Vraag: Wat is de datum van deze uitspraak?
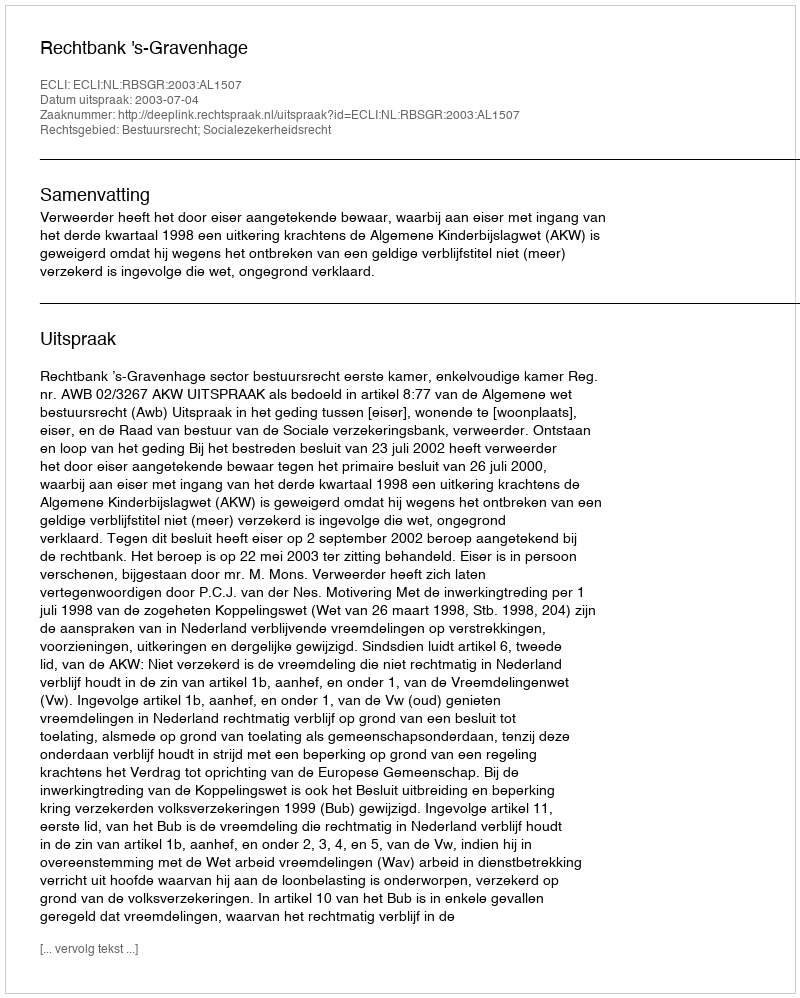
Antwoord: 2003-07-04